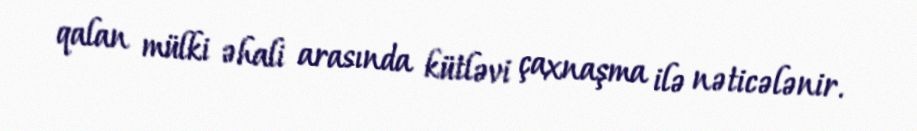
qalan mülki əhali arasında kütləvi çaxnaşma ilə nəticələnir.